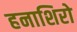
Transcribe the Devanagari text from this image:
हनाशिरो